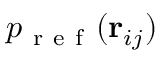
p _ { \mathrm { ~ r ~ e ~ f ~ } } ( \mathbf { r } _ { i j } )